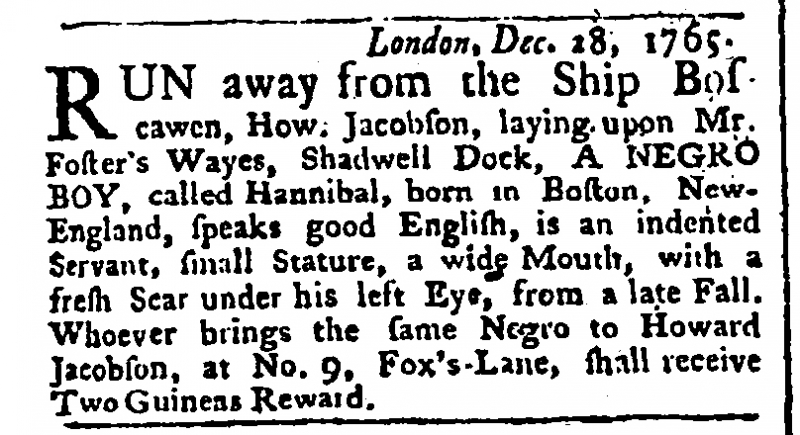
Public Ledger, Or, Daily Register of Commerce and Intelligence, 30 December 1765 (England)
                  London, Dec. 28, 1765.RUN away from the Ship Boscawen, How. Jacobson, laying upon Mr. Foster’s Wayes, Shadwell Dock, A NEGRO BOY, called Hannibal, born in Boston, New-England, speaks good English, is an indented Servant, small Stature, a wide Mouth, with a fresh Scar under his left Eye, from a late Fall. Whoever brings the same Negro to Howard Jacobson, at No.9, Fox’s-Lane, shall receive Two Guineas Reward.